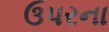
ઉપરના